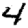
Digit: 4